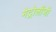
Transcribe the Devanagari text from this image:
मेट्रोलॉजी